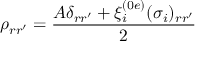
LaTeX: \rho _ { r r ^ { \prime } } = \frac { A \delta _ { r r ^ { \prime } } + \xi _ { i } ^ { ( 0 e ) } ( \sigma _ { i } ) _ { r r ^ { \prime } } } { 2 }